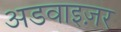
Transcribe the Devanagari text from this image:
अडवाइज़र